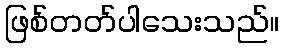
ဖြစ်တတ်ပါသေးသည်။